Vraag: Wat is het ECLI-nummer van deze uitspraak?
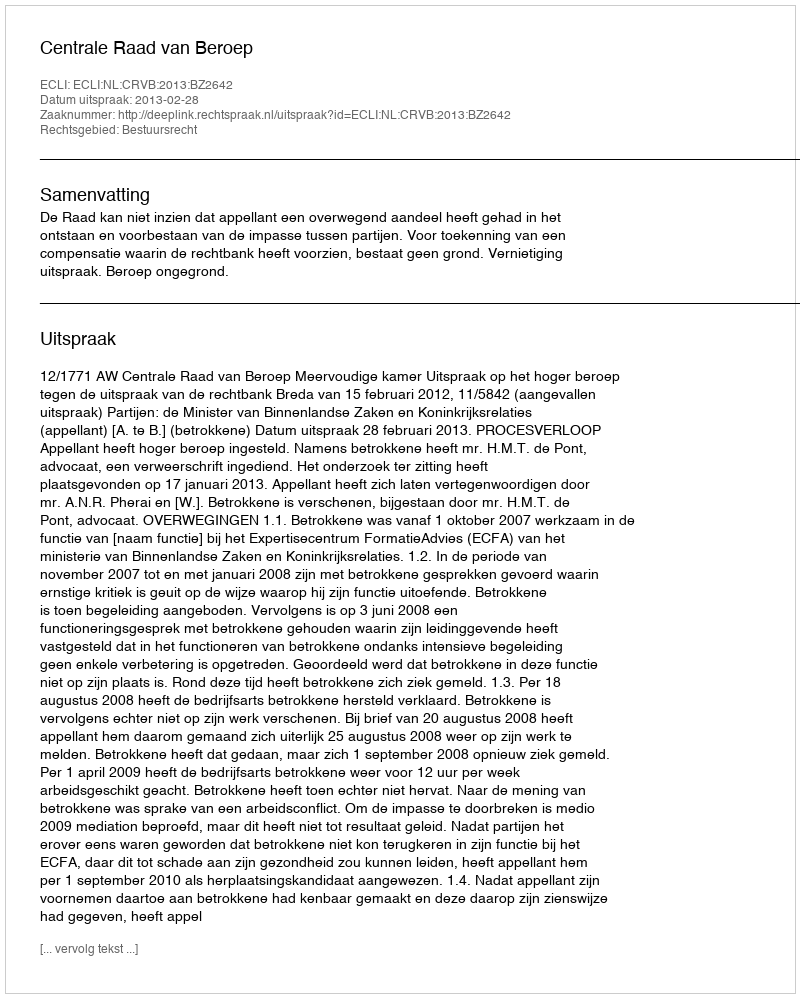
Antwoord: ECLI:NL:CRVB:2013:BZ2642